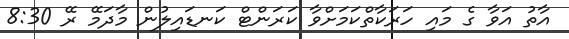
އާތު އަވާ ގެ މައި ހަރަކާތްކަމަށްވާ ކަރަންޓް ކަނޑައިލުން މާދަމޭ ރޭ 8:30